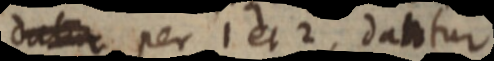
datur per 1 et 2, dantur